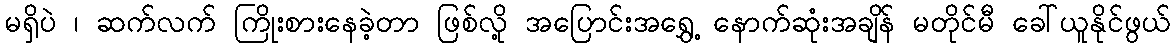
မရှိပဲ ၊ ဆက်လက် ကြိုးစားနေခဲ့တာ ဖြစ်လို့ အပြောင်းအရွှေ့ နောက်ဆုံးအချိန် မတိုင်မီ ခေါ်ယူနိုင်ဖွယ်